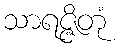
သာရဇ္ဇိတုံ